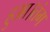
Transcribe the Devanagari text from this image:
हुआ।तंग